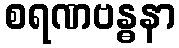
စရဏဗန္ဓနာ